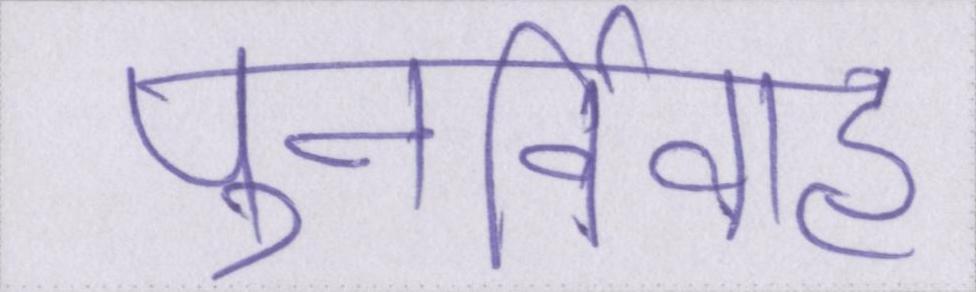
पुनर्विवाह